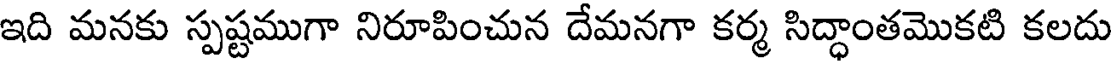
ఇది మనకు స్పష్టముగా నిరూపించున దేమనగా కర్మ సిద్ధాంతమొకటి కలదు